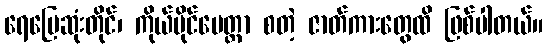
ရေမြေဆုံးတိုင်၊ ကိုယ်ပိုင်မေတ္တာ စတဲ့ ဇာတ်ကားတွေထိ ဖြစ်ပါတယ်။